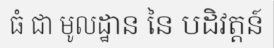
ធំ ជា មូលដ្ឋាន នៃ បដិវត្តន៍